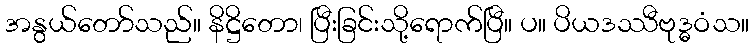
အနွယ်တော်သည်။ နိဋ္ဌိတော၊ ပြီးခြင်းသို့ရောက်ပြီ။ ပ။ ပိယဒဿီဗုဒ္ဓဝံသ။